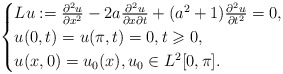
\begin{align*} \begin{cases} L u := \frac{\partial^2 u}{\partial x^2} - 2 a \frac{\partial^2 u}{\partial x\partial t} + (a^2+1)\frac{\partial^2 u}{\partial t^2} = 0, \\ u(0,t) = u(\pi,t) = 0, t \geqslant 0, \\ u(x,0) = u_0(x), u_0 \in L^2[0,\pi]. \end{cases}\end{align*}